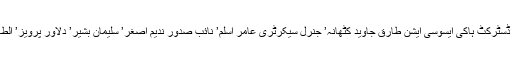
اس موقع پر چیف ایڈیٹر پاکستان سپورٹس ورلڈ صوفی ہارون رشید’ صدر ڈسٹرکٹ ہاکی ایسوسی ایشن طارق جاوید کٹھانہ’ جنرل سیکرٹری عامر اسلم’ نائب صدور ندیم اصغر’ سلیمان بشیر’ دلاور پرویز’ الطاف حسین’ چوہدری انصر محمود چیمہ’ و دیگر اہم شخصیات موجود تھیں۔